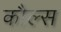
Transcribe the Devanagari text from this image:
कौल्स